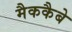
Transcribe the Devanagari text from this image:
मैककैबे